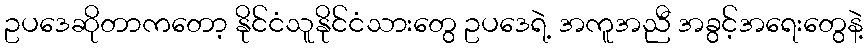
ဥပဒေဆိုတာကတော့ နိုင်ငံသူနိုင်ငံသားတွေ ဥပဒေရဲ့ အကူအညီ အခွင့်အရေးတွေနဲ့